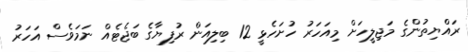
ރައްޔިތުންގެ މަޖިލީހަށް މިއަހަރު ހުށަހެޅީ 12 ބިލިއަން ރުފިޔާގެ ބަޖެޓެއް ނަމަވެސް އަހަރު